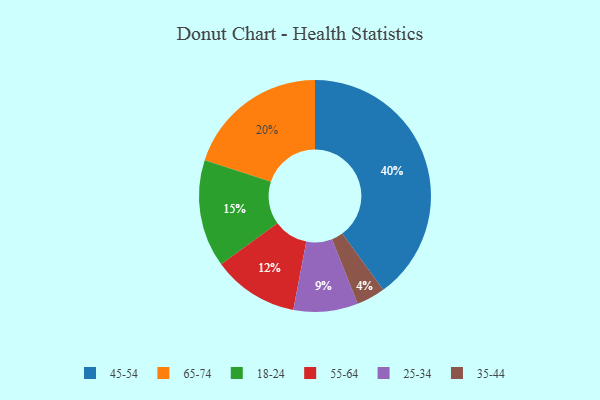
{"axis": {"x": "Category", "y": "Percentage"}, "legend": ["18-24", "25-34", "35-44", "45-54", "55-64", "65-74"], "data": [{"x": "25-34", "y": 9, "type": "25-34"}, {"x": "55-64", "y": 12, "type": "55-64"}, {"x": "65-74", "y": 20, "type": "65-74"}, {"x": "35-44", "y": 4, "type": "35-44"}, {"x": "45-54", "y": 40, "type": "45-54"}, {"x": "18-24", "y": 15, "type": "18-24"}]}